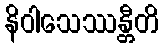
နိဝါသေဿန္တီတိ